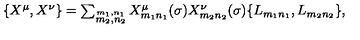
\begin{array} { l c r } { \{ X ^ { \mu } , X ^ { \nu } \} = \sum _ { \stackrel { m _ { 1 } , n _ { 1 } } { m _ { 2 } , n _ { 2 } } } X _ { m _ { 1 } n _ { 1 } } ^ { \mu } ( \sigma ) X _ { m _ { 2 } n _ { 2 } } ^ { \nu } ( \sigma ) \{ L _ { m _ { 1 } n _ { 1 } } , L _ { m _ { 2 } n _ { 2 } } \} , } \\ \end{array}